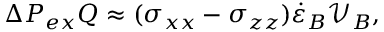
\Delta P _ { e x } Q \approx ( \sigma _ { x x } - \sigma _ { z z } ) \dot { \varepsilon } _ { B } \mathcal { V } _ { B } ,